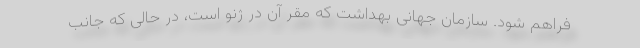
فراهم شود. سازمان جهانی بهداشت که مقر آن در ژنو است، در حالی که جانب